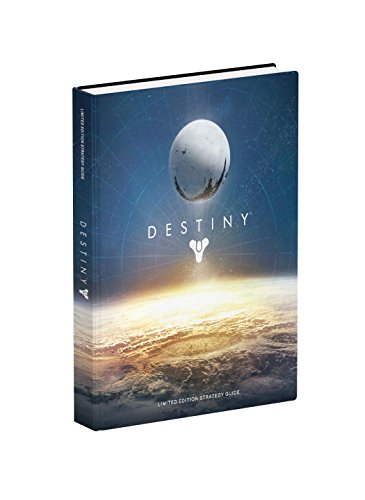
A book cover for Destiny Limited Edition Strategy Guide; BradyGames; Humor & Entertainment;